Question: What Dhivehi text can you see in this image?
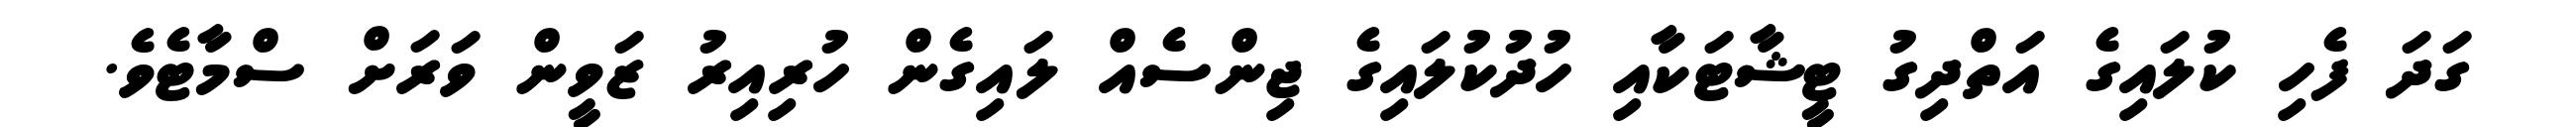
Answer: ގަދަ ފެހި ކުލައިގެ އަތްދިގު ޓީޝާޓަކާއި ހުދުކުލައިގެ ޖިންސެއް ލައިގެން ހުރިއިރު ޒަވީން ވަރަށް ސްމާޓެވެ.